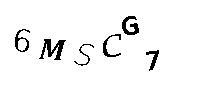
6MSCG7